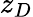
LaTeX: z_{D}